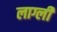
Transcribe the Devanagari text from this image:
लाग्ली